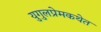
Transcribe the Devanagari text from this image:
युगुलप्रेमकथेत